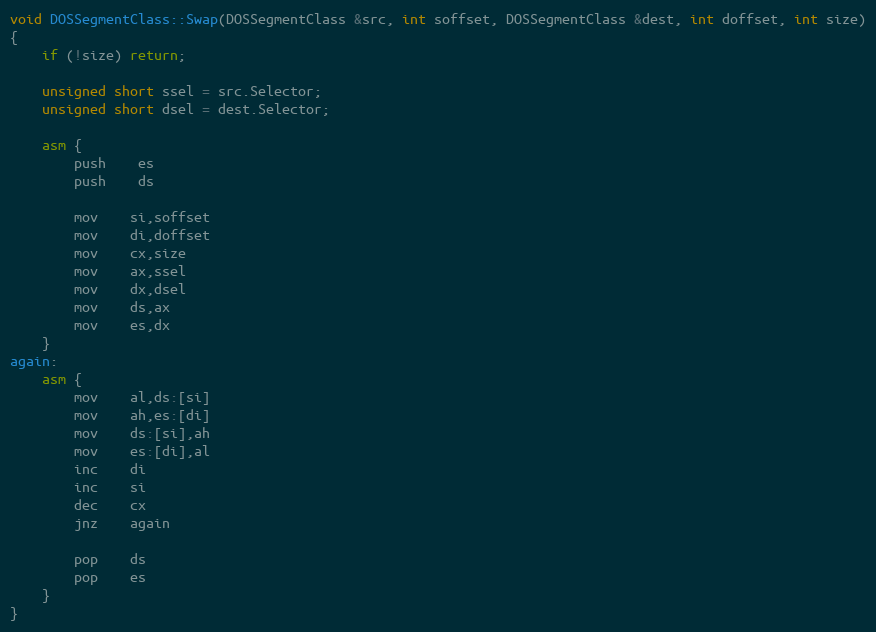
Language: C++
void DOSSegmentClass::Swap(DOSSegmentClass &src, int soffset, DOSSegmentClass &dest, int doffset, int size)
{
	if (!size) return;

	unsigned short ssel = src.Selector;
	unsigned short dsel = dest.Selector;

	asm {
		push	es
		push	ds

		mov	si,soffset
		mov	di,doffset
		mov	cx,size
		mov	ax,ssel
		mov	dx,dsel
		mov	ds,ax
		mov	es,dx
	}
again:
	asm {
		mov	al,ds:[si]
		mov	ah,es:[di]
		mov	ds:[si],ah
		mov	es:[di],al
		inc	di
		inc	si
		dec	cx
		jnz	again

		pop	ds
		pop	es
	}
}